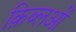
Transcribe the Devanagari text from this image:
क़िब्लओं